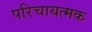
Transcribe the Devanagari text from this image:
परिचायत्मक